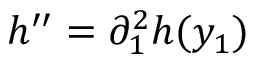
h ^ { \prime \prime } = \partial _ { 1 } ^ { 2 } h ( y _ { 1 } )